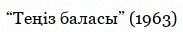
“Теңіз баласы” (1963)